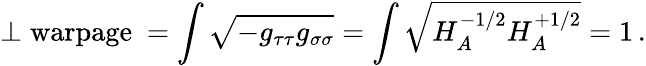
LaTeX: \perp\mathrm{warpage\ }=\int\sqrt{-g_{\tau\tau}g_{\sigma\sigma}}=\int\sqrt{H_{A}^{-1/2}H_{A}^{+1/2}}=1\, .